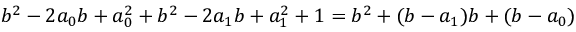
b ^ { 2 } - 2 a _ { 0 } b + a _ { 0 } ^ { 2 } + b ^ { 2 } - 2 a _ { 1 } b + a _ { 1 } ^ { 2 } + 1 = b ^ { 2 } + ( b - a _ { 1 } ) b + ( b - a _ { 0 } )